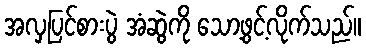
အလှပြင်စားပွဲ အံဆွဲကို သော့ဖွင့်လိုက်သည်။